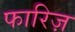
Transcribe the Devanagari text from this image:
फारिज़